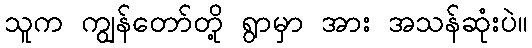
သူက ကျွန်တော်တို့ ရွာမှာ အား အသန်ဆုံးပဲ။